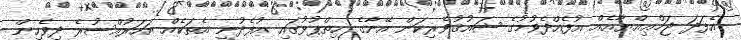
އެފަދަ ޖަމްޢިއްޔާއެއް އުފެއްދެވުމުގެ ޝައުޤުވެރިކަން އޭނާގެ ހިތްޕުޅުގައި އުފެދުނީ އެތަކެއް އަހަރުއްސުރެ ދިވެހިން